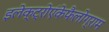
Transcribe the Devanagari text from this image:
इलेक्ट्रोएंकेफैलोग्राम